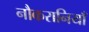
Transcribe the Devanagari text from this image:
नौकरानियाँ